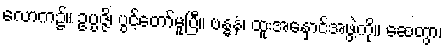
လောက၌။ ဥပ္ပဇ္ဇိ၊ ပွင့်တော်မူပြီ။ ဗန္ဓနံ၊ ထူးအနှောင်အဖွဲ့ကို။ ဆေတွာ၊